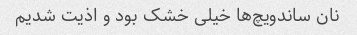
نان ساندویچ‌ها خیلی خشک بود و اذیت شدیم